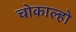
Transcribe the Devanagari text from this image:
चोकाल्हो